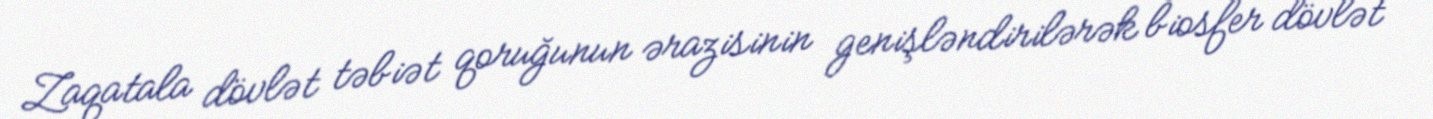
Zaqatala dövlət təbiət qoruğunun ərazisinin genişləndirilərək biosfer dövlət